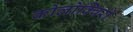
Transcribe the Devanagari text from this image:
कोलोक्विरी